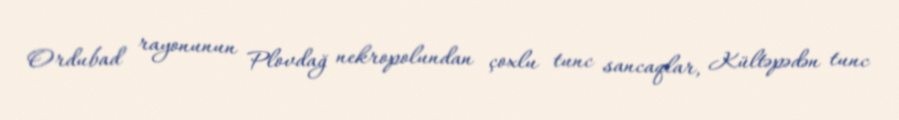
Ordubad rayonunun Plovdağ nekropolundan çoxlu tunc sancaqlar, Kültəpədən tunc